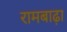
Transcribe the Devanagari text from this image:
रामबाढ़ा